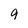
Character: 9